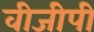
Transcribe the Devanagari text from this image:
वीजीपी